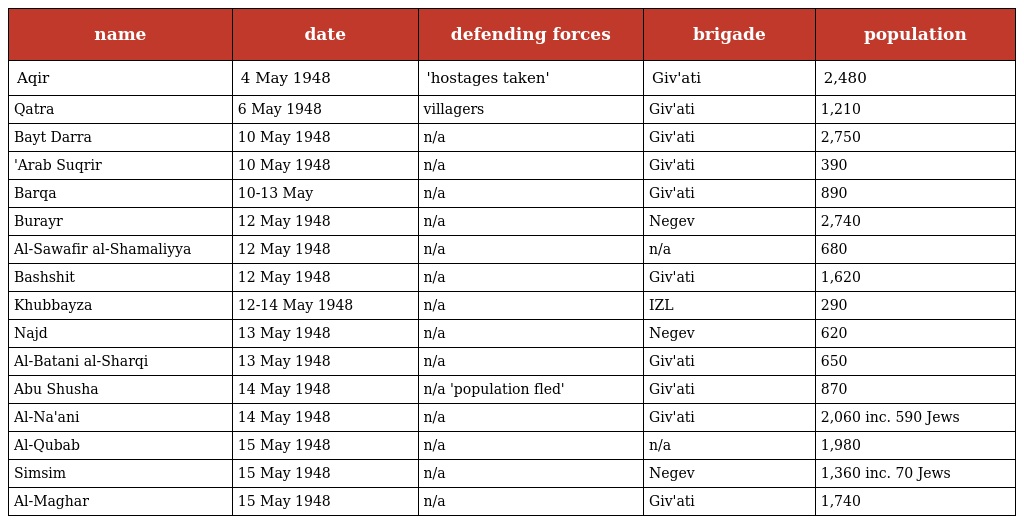
| name | date | defending forces | brigade | population |
 | --- | --- | --- | --- | --- |
 | Aqir | 4 May 1948 | 'hostages taken' | Giv'ati | 2,480 |
 | Qatra | 6 May 1948 | villagers | Giv'ati | 1,210 |
 | Bayt Darra | 10 May 1948 | n/a | Giv'ati | 2,750 |
 | 'Arab Suqrir | 10 May 1948 | n/a | Giv'ati | 390 |
 | Barqa | 10-13 May | n/a | Giv'ati | 890 |
 | Burayr | 12 May 1948 | n/a | Negev | 2,740 |
 | Al-Sawafir al-Shamaliyya | 12 May 1948 | n/a | n/a | 680 |
 | Bashshit | 12 May 1948 | n/a | Giv'ati | 1,620 |
 | Khubbayza | 12-14 May 1948 | n/a | IZL | 290 |
 | Najd | 13 May 1948 | n/a | Negev | 620 |
 | Al-Batani al-Sharqi | 13 May 1948 | n/a | Giv'ati | 650 |
 | Abu Shusha | 14 May 1948 | n/a 'population fled' | Giv'ati | 870 |
 | Al-Na'ani | 14 May 1948 | n/a | Giv'ati | 2,060 inc. 590 Jews |
 | Al-Qubab | 15 May 1948 | n/a | n/a | 1,980 |
 | Simsim | 15 May 1948 | n/a | Negev | 1,360 inc. 70 Jews |
 | Al-Maghar | 15 May 1948 | n/a | Giv'ati | 1,740 |